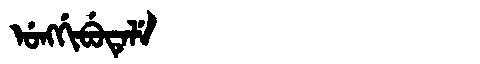
Manchu: ᡠᠩᡤᡳᠪᡠᡨᡝᠯᡝ
Romanization: UNGGIBUTELE